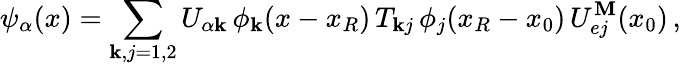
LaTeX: \psi_{\alpha}(x)=\sum_{\mathbf{k},j=1,2}U_{{\alpha}\mathbf{k}}\, \phi_{\mathbf{k}}(x-x_{R})\, T_{\mathbf{k}j}\, \phi_{j}(x_{R}-x_{0})\, U_{ej}^{\mathbf{M}}(x_{0})\, ,